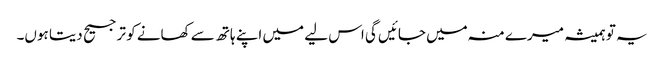
یہ تو ہمیشہ میرے منہ میں جائیں گی اس لیے میں اپنے ہاتھ سے کھانے کو ترجیح دیتا ہوں۔